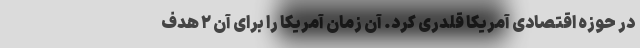
در حوزه اقتصادی آمریکا قلدری کرد. آن زمان آمریکا را برای آن ۲ هدف